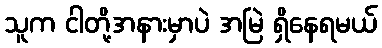
သူက ငါတို့အနားမှာပဲ အမြဲ ရှိနေရမယ်